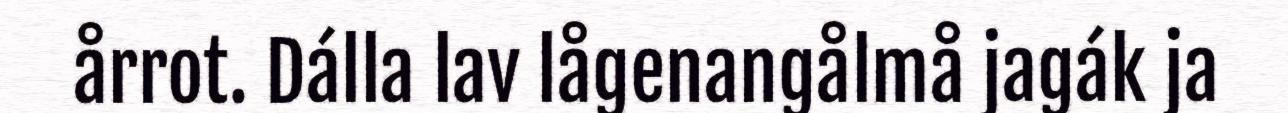
årrot. Dálla lav lågenangålmå jagák ja